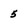
Character: 5